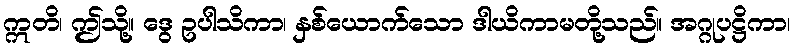
ဣတိ၊ ဤသို့။ ဒွေ ဥပါသိကာ၊ နှစ်ယောက်သော ဒါယိကာမတို့သည်။ အဂ္ဂုပဋ္ဌိကာ၊